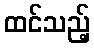
ထင်သည့်